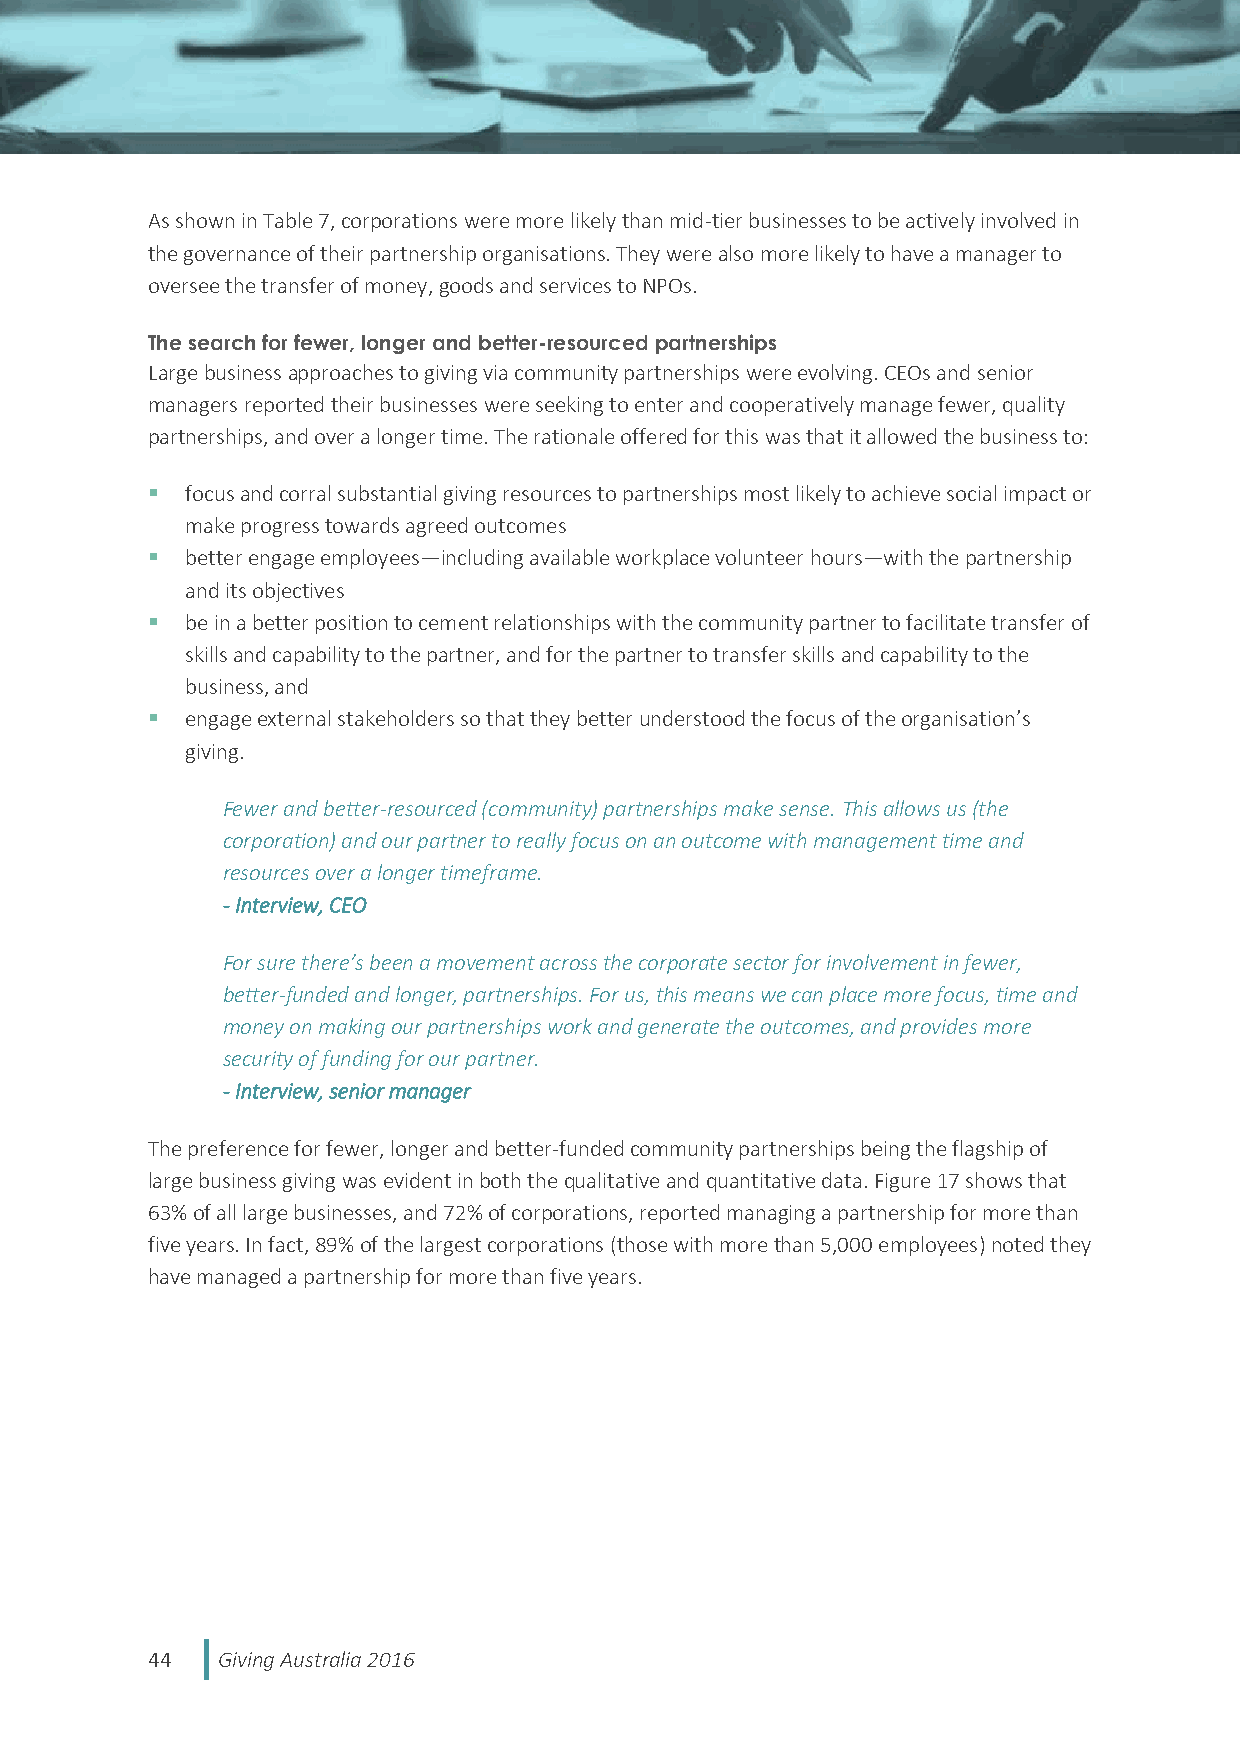
As shown in Table 7, corporations were more likely than mid-tier businesses to be actively involved in
 the governance of their partnership organisations. They were also more likely to have a manager to
 oversee the transfer of money, goods and services to NPOs.
 The search for fewer, longer and better-resourced partnerships
 Large business approaches to giving via community partnerships were evolving. CEOs and senior
 managers reported their businesses were seeking to enter and cooperatively manage fewer, quality
 partnerships, and over a longer time. The rationale offered for this was that it allowed the business to:
  focus and corral substantial giving resources to partnerships most likely to achieve social impact or
 make progress towards agreed outcomes
  better engage employees—including available workplace volunteer hours—with the partnership
 and its objectives
  be in a better position to cement relationships with the community partner to facilitate transfer of
 skills and capability to the partner, and for the partner to transfer skills and capability to the
 business, and
  engage external stakeholders so that they better understood the focus of the organisation’s
 giving.
 Fewer and better-resourced (community) partnerships make sense. This allows us (the
 corporation) and our partner to really focus on an outcome with management time and
 resources over a longer timeframe.
 - Interview, CEO
 For sure there’s been a movement across the corporate sector for involvement in fewer,
 better-funded and longer, partnerships. For us, this means we can place more focus, time and
 money on making our partnerships work and generate the outcomes, and provides more
 security of funding for our partner.
 - Interview, senior manager
 The preference for fewer, longer and better-funded community partnerships being the flagship of
 large business giving was evident in both the qualitative and quantitative data. Figure 17 shows that
 63% of all large businesses, and 72% of corporations, reported managing a partnership for more than
 five years. In fact, 89% of the largest corporations (those with more than 5,000 employees) noted they
 have managed a partnership for more than five years.
 44  Giving Australia 2016